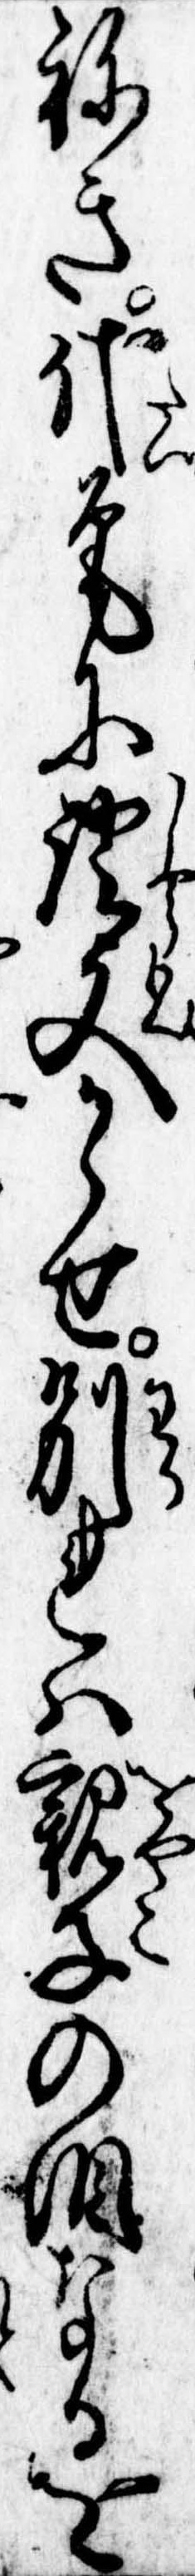
ねき代筆に証文かゝせ別れは親子の涙なるを